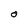
Character: O